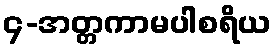
၄-အတ္တကာမပါစရိယ